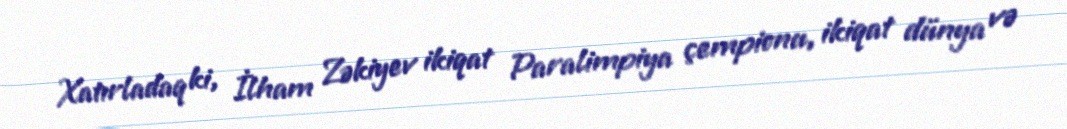
Xatırladaq ki, İlham Zəkiyev ikiqat Paralimpiya çempionu, ikiqat dünya və